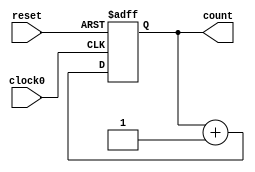
// This program was cloned from: https://github.com/tangxifan/micro_benchmark
// License: MIT License

/////////////////////////////////////////
//  Functionality: 16 bit negedge triggered up counter 
////////////////////////////////////////

module counterup16_1clk_negedge_async_resetp(clock0, reset, count);

	input clock0, reset;
	output [15:0] count;
	reg [15:0] count;                                   
	


	always @ (negedge clock0 or posedge reset) begin
		if (reset == 1'b1) begin
			count <= 0;
		end 
		else begin
			count <= count + 1;
		end
	end

endmodule